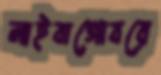
লাইবাগোবরে